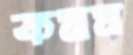
কসম